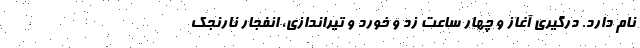
نام دارد. درگیری آغاز و چهار ساعت زد و خورد و تیراندازی، انفجار نارنجک